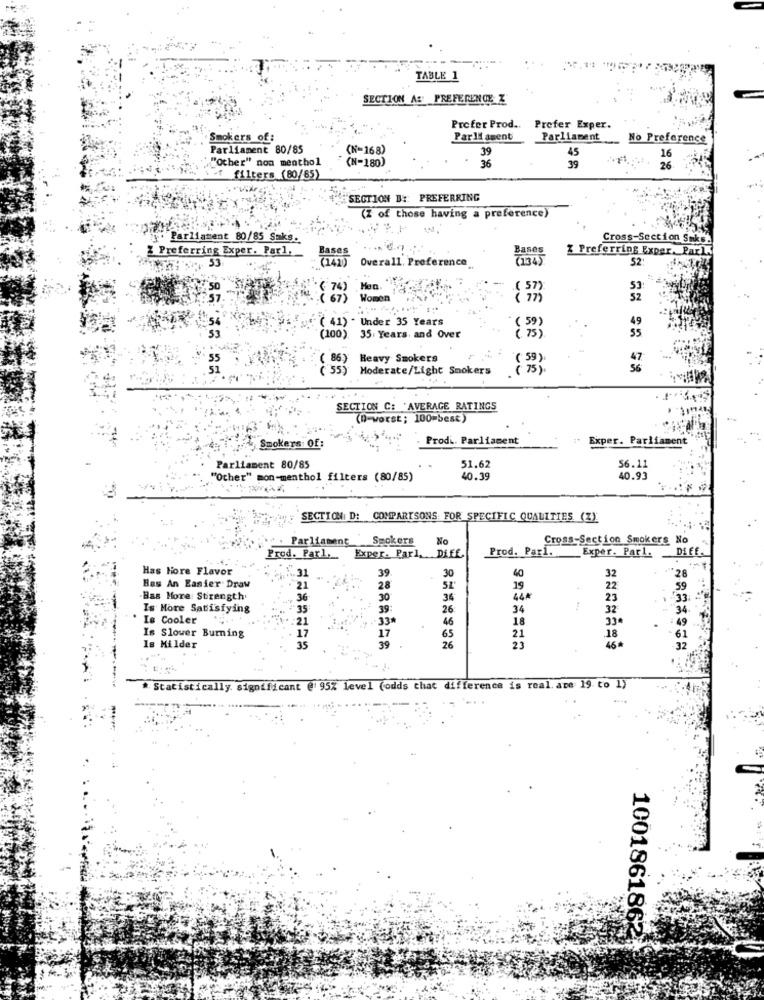
TABLE 1
SECTION AS PREFERENCE Z
Prefer Prod ..
Prefer Exper.
Smokers of:
Parliament
Parliament No Preference
Parliament 80/85
(N=168)
39
""ocher" non menthol
(N=180)
45
16
36
39
26
filters (80/85)
SECTION B :: PREFERRING
(Z of those having a preference)
. Parliament 80/85 Saks.
Cross-Section Suk
Preferring Exper. Parl,
Bases
Bases
Z Preferring Exper. Parl.
Overall. Preference
52
74)
.( 57)
67)
Women
32
( 41) . Under 35 Years
( 59)
49
55
(100). 35 Years, and Over
( 75)
.55
( 86) Heavy Smokers
( 59)
47
( 55)
Moderate/Light Smokers
( 75 ).
56
......
SECTION C: 'AVERAGE RATINGS
(D-worst; 100=best)
Prodi. Parliament
Exper. Parliament
Smokers Of:
Parliament 80/85
51.62
56.11
"Other" mon-menthol filters (80/85)
40.39
40.93
SECTION: D: COMPARISONS FOR SPECIFIC QUALITIES (Z)
Parliament Smokers
No
Cross-Section Smokers No
Exper. Parl, Diff.
Prod. Parl. Exper. Parl.
Diff.
Prod. Parl,
Has Hore Flavor
31
39
30
40
32
28
Bas An Easier Draw
28
19
22
59
Bas More: Strength
36
30
36
44#
23
33
Is More Satisfying
35
39:
26
34
32
34
Is Cooler
21
-33*
18
33ª
49
17
46
.18
Is Slower Burning
39
65
26
21
23
61
Is Milder
15
32
*. Statistically. significant @ 95% level (odds that difference is real. ave 19 to 1)
-
1001861862